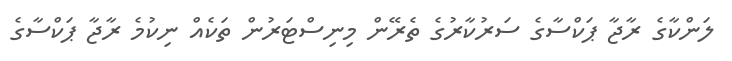
ލަންކާގެ ރާޖާ ޕަކްސާގެ ސަަރުކާރުގެ ތެރޭން މިނިސްޓަރުން ތަކެއް ނިކުމެ ރާޖާ ޕަކްސާގެ